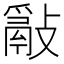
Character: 𢿮